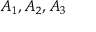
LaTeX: A _ { 1 } , A _ { 2 } , A _ { 3 }